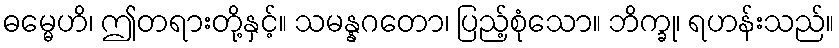
ဓမ္မေဟိ၊ ဤတရားတို့နှင့်။ သမန္နဂတော၊ ပြည့်စုံသော။ ဘိက္ခု၊ ရဟန်းသည်။